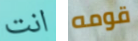
انت قومه